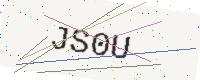
Text: JS0U